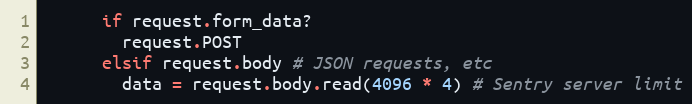
Language: Ruby
      if request.form_data?
        request.POST
      elsif request.body # JSON requests, etc
        data = request.body.read(4096 * 4) # Sentry server limit